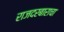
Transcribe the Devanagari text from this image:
राजदरबाराचा